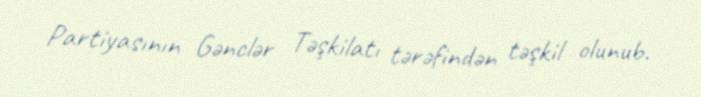
Partiyasının Gənclər Təşkilatı tərəfindən təşkil olunub.